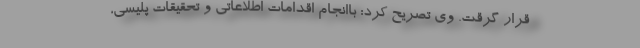
قرار گرقت. وی تصریح کرد: باانجام اقدامات اطلاعاتی و تحقیقات پلیسی،